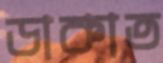
ডাকাত